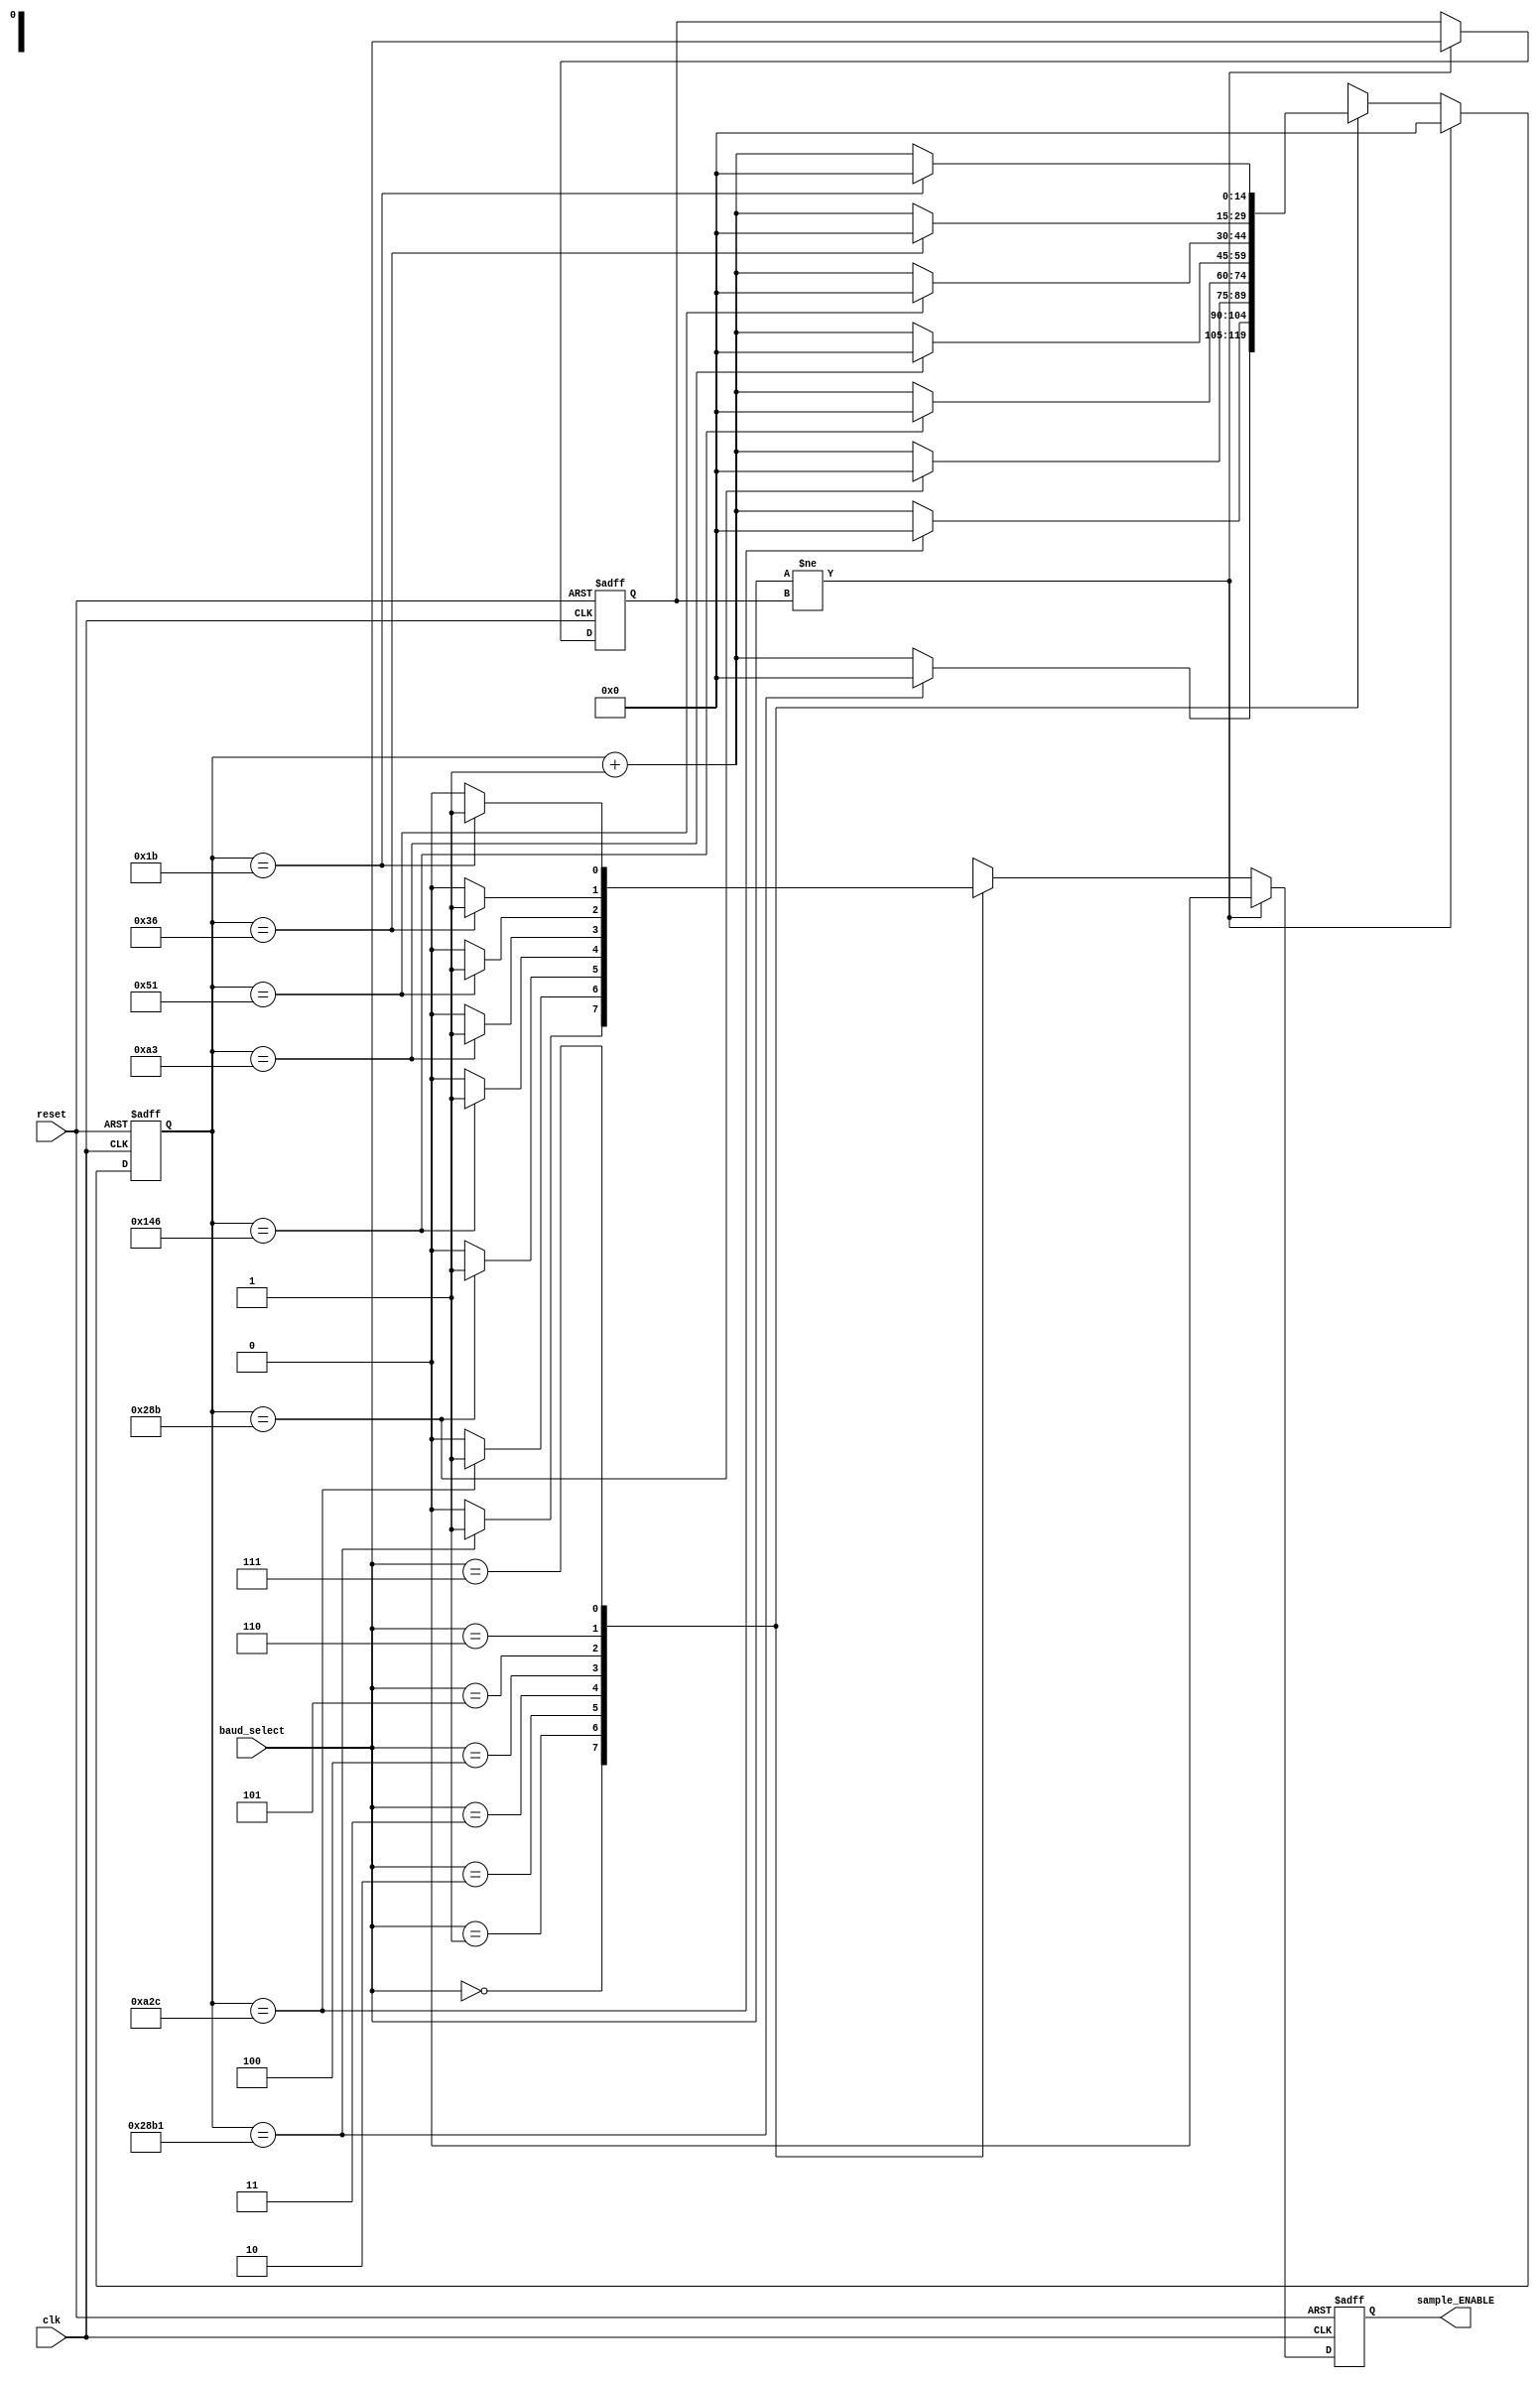
/*
/--------------------------------------------------------------------------------------/
/===================================VARS DEFINITIONS===================================/
/--------------------------------------------------------------------------------------/
*
*	BS   = BAUD_SEL (baud_select) is the input
*
*	BR   = BAUD_RATE is the speed and counted in bits/sec
*
*	T_sc = is the period of sampling in ns
*	Calculated : T_sc = ( 10^9 / (16*BR)
*
*	MCV   = MAX_COUNTER_VALUE is the max counter value to count one period
*	Calculated : MCV = T_sc/20 
*
*	BIT_MCV = The num of bits for counter reg.
*	Calculated : BIT_MCV = UPPER_INTEGER ( log2 ( MAX ( MCV) ) )
*
/--------------------------------------------------------------------------------------/
/======================================================================================/
/--------------------------------------------------------------------------------------/
*
*
/--------------------------------------------------------------------------------------/
/=====================================VALUES TABLE=====================================/
/--------------------------------------------------------------------------------------/
*	BS = 000	BR = 300     T_sc = 208333	MCV = 10417
*	BS = 001	BR = 1200    T_sc = 52083	MCV = 2604
*	BS = 010	BR = 4800    T_sc = 13021	MCV = 651
*	BS = 011	BR = 9600    T_sc = 6510	MCV = 326
*	BS = 100	BR = 19200   T_sc = 3255	MCV = 163
*	BS = 101	BR = 38400   T_sc = 1628	MCV = 81
*	BS = 110	BR = 57600   T_sc = 1085	MCV = 54
*	BS = 111	BR = 115200  T_sc = 543 	MCV = 27
*
*	BIT_MCV = 14
/--------------------------------------------------------------------------------------/
/======================================================================================/
/--------------------------------------------------------------------------------------/
*/
module baud_controller (	
	reset,
	clk,
	baud_select,
	sample_ENABLE
);

input reset, clk;
input [2:0] baud_select;
output reg sample_ENABLE;

reg [2:0] baud_select_prev;

parameter BAUD_RATE_000 = 10417;
parameter BAUD_RATE_001 = 2604;
parameter BAUD_RATE_010 = 651;
parameter BAUD_RATE_011 = 326;
parameter BAUD_RATE_100 = 163;
parameter BAUD_RATE_101 = 81;
parameter BAUD_RATE_110 = 54;
parameter BAUD_RATE_111 = 27;

parameter MAX_BIT_COUNTER = 14;


reg [MAX_BIT_COUNTER:0] clk_counter;

always @(posedge clk or posedge reset) 
begin
	if ( reset) 
	begin
		
		clk_counter = 0;
		sample_ENABLE = 0;
		baud_select_prev = 3'b000;
	end
	else

	if ( baud_select != baud_select_prev)
	begin
		clk_counter = 0;
		sample_ENABLE = 0;
		baud_select_prev = baud_select;
	end

	else
	case ( baud_select )

		3'b000 : 
		begin
			if (clk_counter == BAUD_RATE_000)
			begin

				clk_counter = 0;
				sample_ENABLE = 1;

			end
			else 
			begin
				
				clk_counter = clk_counter + 1;
				sample_ENABLE = 0;

			end
		end

		3'b001 : 
		begin
			if (clk_counter == BAUD_RATE_001)
			begin

				clk_counter = 0;
				sample_ENABLE = 1;

			end
			else 
			begin
				
				clk_counter = clk_counter + 1;
				sample_ENABLE = 0;

			end
		end

		3'b010 : 
		begin
			if (clk_counter == BAUD_RATE_010)
			begin

				clk_counter = 0;
				sample_ENABLE = 1;

			end
			else 
			begin
				
				clk_counter = clk_counter + 1;
				sample_ENABLE = 0;

			end
		end
	 
		3'b011 : 
		begin
			if (clk_counter == BAUD_RATE_011)
			begin

				clk_counter = 0;
				sample_ENABLE = 1;

			end
			else 
			begin
				
				clk_counter = clk_counter + 1;
				sample_ENABLE = 0;

			end
		end
	 
		3'b100 : 
		begin
			if (clk_counter == BAUD_RATE_100)
			begin

				clk_counter = 0;
				sample_ENABLE = 1;

			end
			else 
			begin
				
				clk_counter = clk_counter + 1;
				sample_ENABLE = 0;

			end
		end
	 
		3'b101 : 
		begin
			if (clk_counter == BAUD_RATE_101)
			begin

				clk_counter = 0;
				sample_ENABLE = 1;

			end
			else 
			begin
				
				clk_counter = clk_counter + 1;
				sample_ENABLE = 0;

			end
		end
	 
		3'b110 : 
		begin
			if (clk_counter == BAUD_RATE_110)
			begin

				clk_counter = 0;
				sample_ENABLE = 1;

			end
			else 
			begin
				
				clk_counter = clk_counter + 1;
				sample_ENABLE = 0;

			end
		end
	 
		3'b111 : 
		begin
			if (clk_counter == BAUD_RATE_111)
			begin

				clk_counter = 0;
				sample_ENABLE = 1;

			end
			else 
			begin
				
				clk_counter = clk_counter + 1;
				sample_ENABLE = 0;

			end
		end
	endcase	
	
end

endmodule